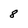
Character: 8